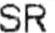
SR